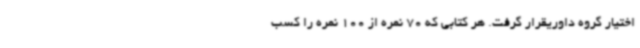
اختیار گروه داوریقرار گرفت. هر کتابی که 70 نمره از 100 نمره را کسب